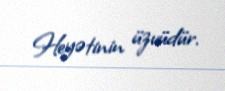
Heyətinin üzvüdür.